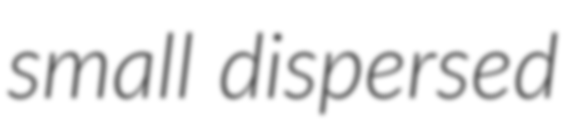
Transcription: small dispersed